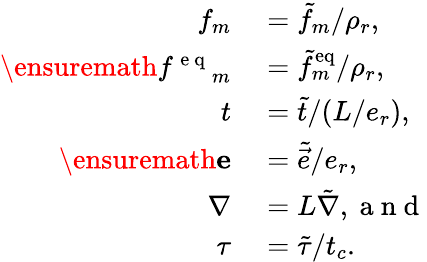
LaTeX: \begin{array}{rl}{f_{m}}&{{}=\tilde{f}_{m}/\rho_{r},}\\ {\ensuremath{f^{\mathrm{~e~q~}}}_{m}}&{{}=\tilde{f}_{m}^{\mathrm{{eq}}}/\rho_{r},}\\ {t}&{{}=\tilde{t}/(L/e_{r}),}\\ {\ensuremath{\mathbf{e}}}&{{}=\tilde{\vec{e}}/e_{r},}\\ {\nabla}&{{}=L\tilde{\nabla},\mathrm{~a~n~d~}}\\ {\tau}&{{}=\tilde{\tau}/t_{c}.}\end{array}